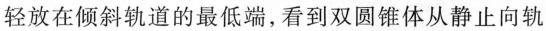
轻放在倾斜轨道的最低端，看到双圆锥体从静止向轨